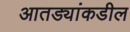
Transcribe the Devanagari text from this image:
आतड्यांकडील